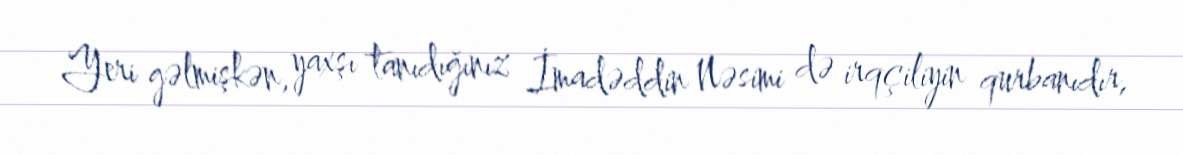
Yeri gəlmişkən, yaxşı tanıdığınız İmadəddin Nəsimi də irqçiliyin qurbanıdır,